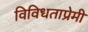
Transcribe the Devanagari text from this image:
विविधताप्रेमी